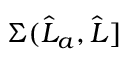
\Sigma ( \widehat { L } _ { a } , \widehat { L } ]